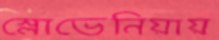
স্লোভেনিয়ায়